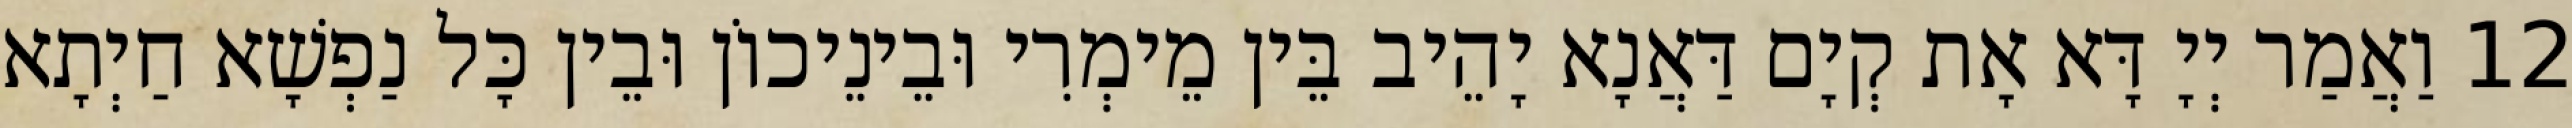
12 וַאֲמַר יְיָ דָּא אָת קְיָם דַּאֲנָא יָהֵיב בֵּין מֵימְרִי וּבֵינֵיכוֹן וּבֵין כָּל נַפְשָׁא חַיְתָא